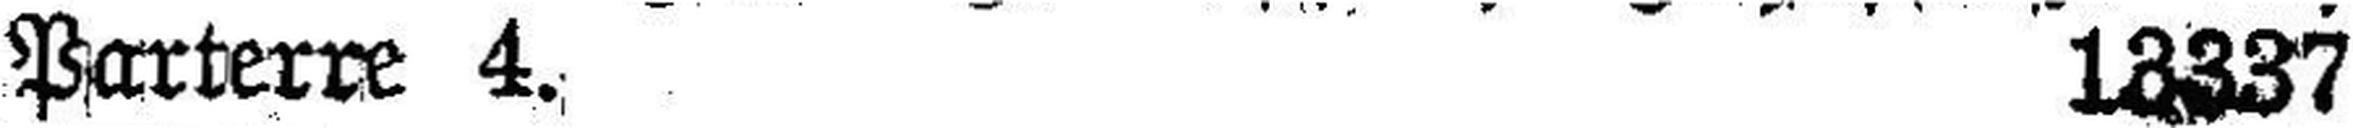
Parterre 4. 13337